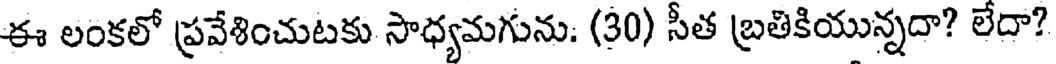
ఈ లంకలో ప్రవేశించుటకు సాధ్యమగును. (30) సీత బ్రతికియున్నదా? లేదా?